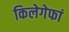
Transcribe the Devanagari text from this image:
किलेगेफां